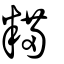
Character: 糒